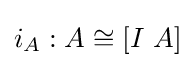
i_{A}:A\cong \left[I\ A\right]